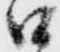
口